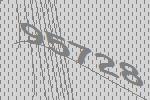
95728